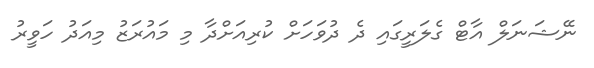
ނޭޝަނަލް އާޓް ގެލަރީގައި ދެ ދުވަހަށް ކުރިއަށްދާ މި މައުރަޒު މިއަދު ހަވީރު